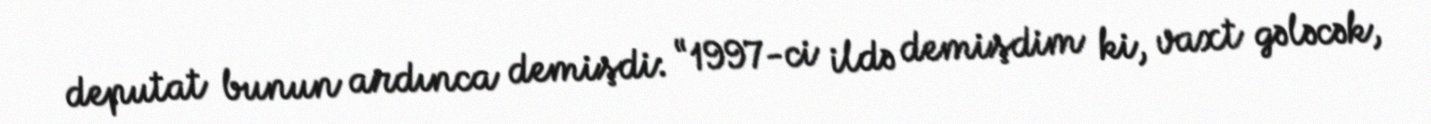
deputat bunun ardınca demişdi: “1997-ci ildə demişdim ki, vaxt gələcək,